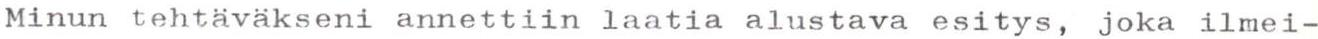
Minun tehtäväkseni annettiin laatia alustava esitys, joka ilmei-